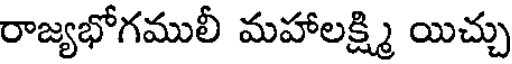
రాజ్యభోగములీ మహాలక్ష్మి యిచ్చు